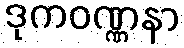
ဒုကဝဏ္ဏနာ